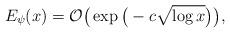
LaTeX: \begin{align*}E_{\psi}(x)= \mathcal{O}\big( \exp\big( -c \sqrt{\log x}\big)\big),\end{align*}